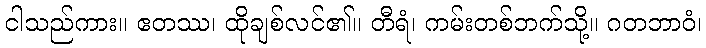
ငါသည်ကား။ ဧတဿ၊ ထိုချစ်လင်၏။ တီရံ၊ ကမ်းတစ်ဘက်သို့။ ဂတဘာဝံ၊